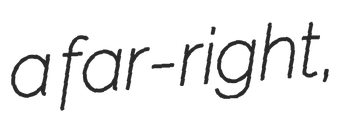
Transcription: a far-right,